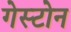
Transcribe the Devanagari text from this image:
गेस्टोन